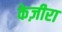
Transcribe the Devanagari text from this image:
केज़ीरा